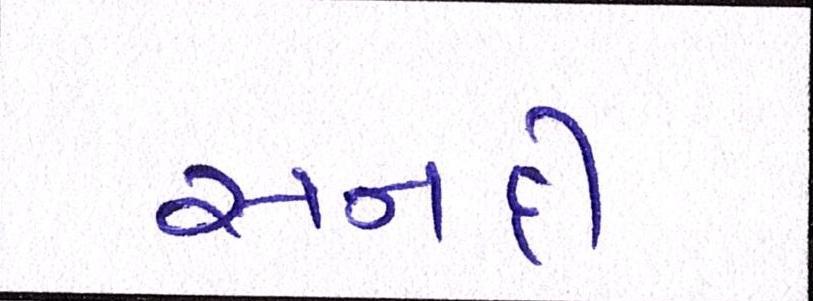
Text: સનદી